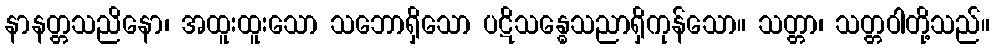
နာနတ္တသညိနော၊ အထူးထူးသော သဘောရှိသော ပဋိသန္ဓေသညာရှိကုန်သော။ သတ္တာ၊ သတ္တဝါတို့သည်။